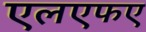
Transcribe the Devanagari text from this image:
एलएफए